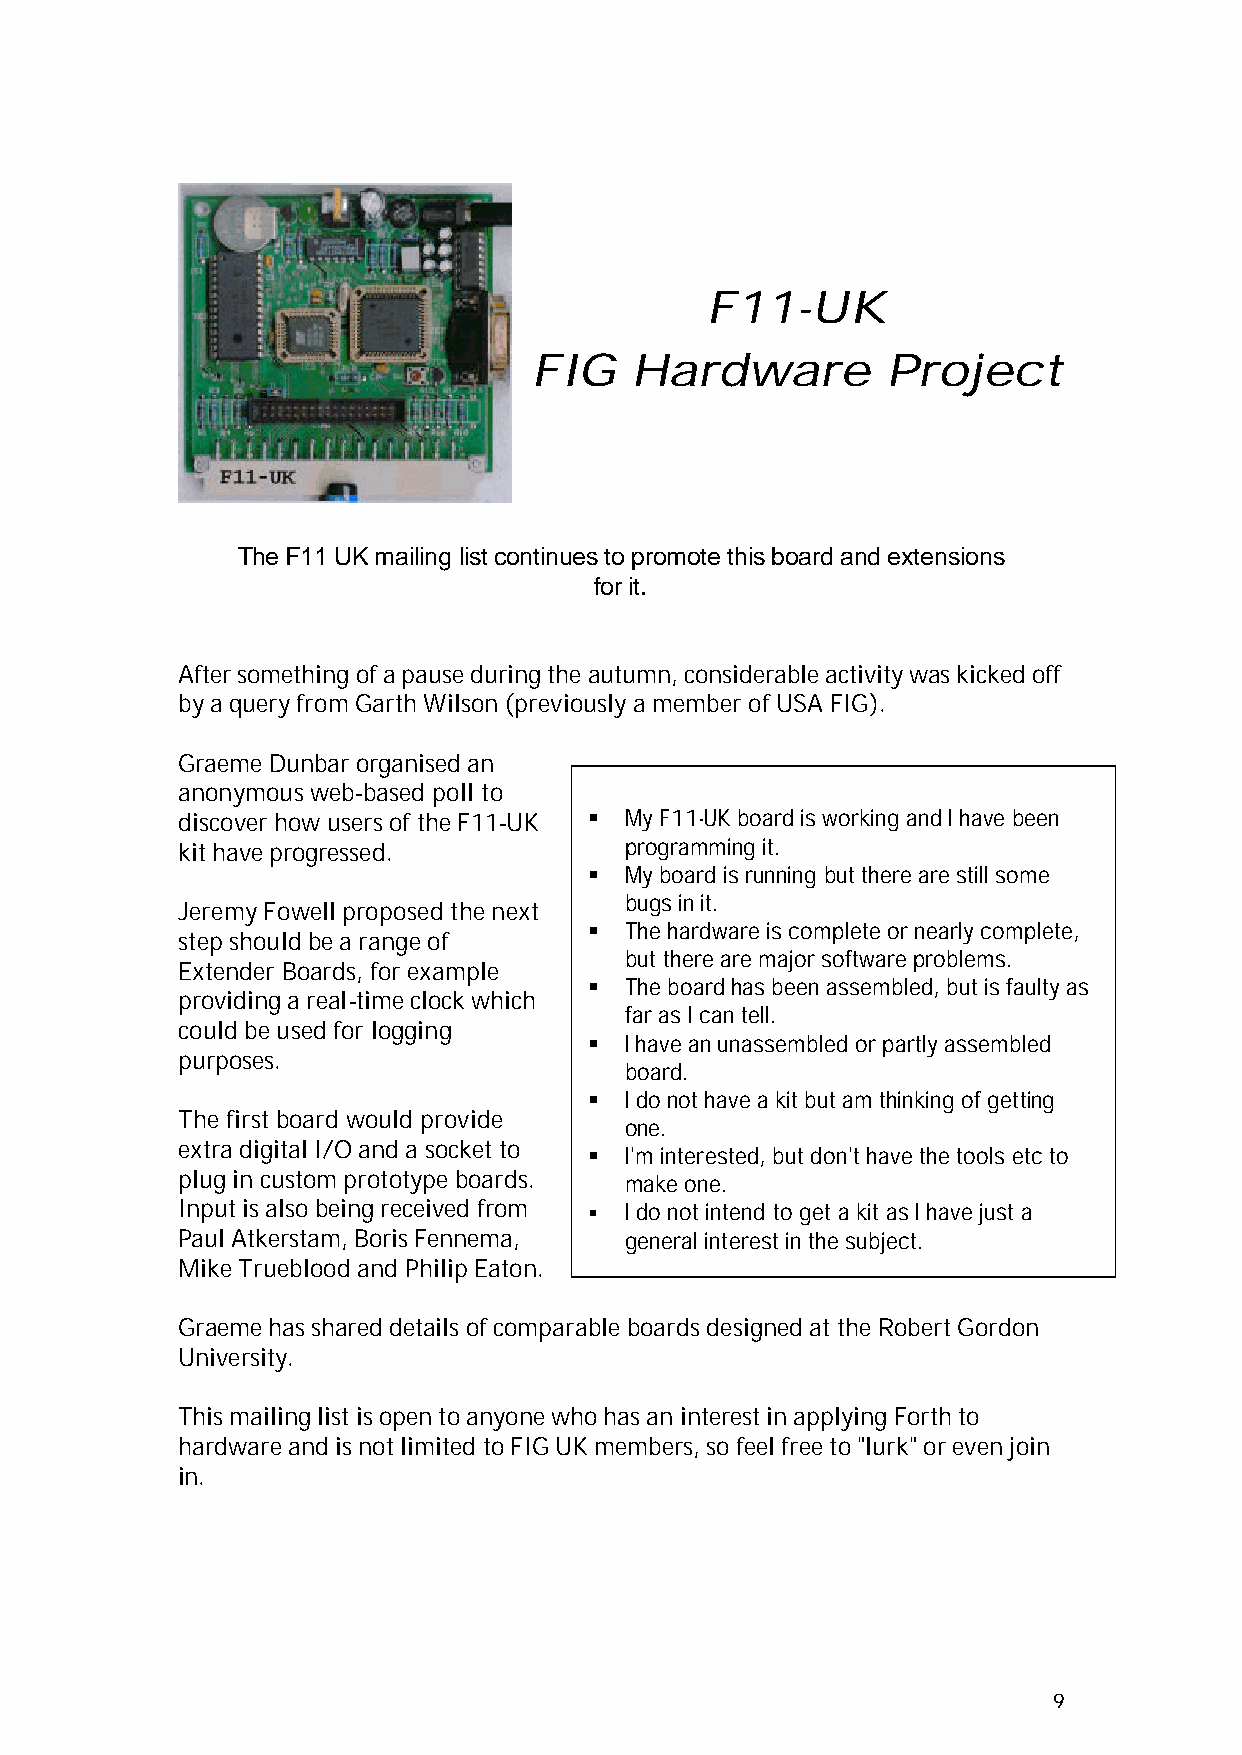
F11-UK
 FIG    Hardware         Project
 The F11 UK mailing list continues to promote this board and extensions
 for it.
 After something of a pause during the autumn, considerable activity was kicked off
 by a query from Garth Wilson (previously a member of USA FIG).
 Graeme Dunbar organised an
 anonymous web-based poll to
 discover how users of the F11-UK § My F11-UK board is working and I have been
 kit have progressed.         programming it.
 § My board is running but there are still some
 bugs in it.
 Jeremy Fowell proposed the next
 § The hardware is complete or nearly complete,
 step should be a range of
 but there are major software problems.
 Extender Boards, for example
 § The board has been assembled, but is faulty as
 providing a real-time clock which
 far as I can tell.
 could be used for logging
 § I have an unassembled or partly assembled
 purposes.
 board.
 § I do not have a kit but am thinking of getting
 The first board would provide
 one.
 extra digital I/O and a socket to
 § I'm interested, but don't have the tools etc to
 plug in custom prototype boards. make one.
 Input is also being received from § I do not intend to get a kit as I have just a
 Paul Atkerstam, Boris Fennema, general interest in the subject.
 Mike Trueblood and Philip Eaton.
 Graeme has shared details of comparable boards designed at the Robert Gordon
 University.
 This mailing list is open to anyone who has an interest in applying Forth to
 hardware and is not limited to FIG UK members, so feel free to "lurk" or even join
 in.
 9